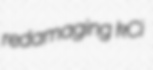
redamaging kCi